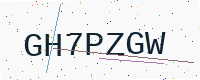
Text: GH7PZGW